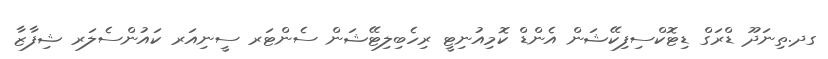
ގދ.ތިނަދޫ ޑްރަގް ޑިޓޮކްސިފިކޭޝަން އެންޑް ކޮމިއުނިޓީ ރިހެބިލިޓޭޝަން ސެންޓަރ ސީނިއަރ ކައުންސެލަރ ޝިފާޒާ